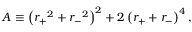
A \equiv \left( { r _ { + } } ^ { 2 } + { r _ { - } } ^ { 2 } \right) ^ { 2 } + 2 \left( r _ { + } + r _ { - } \right) ^ { 4 } ,